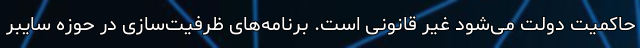
حاکمیت دولت می‌شود غیر قانونی است. برنامه‌های ظرفیت‌سازی در حوزه سایبر